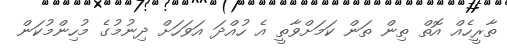
ތާރީހެއް އޮތް ތިން ތަން ކަމަށްވާތީ އެ ހުއްދަ އަވަހަށް ދިނުމުގެ މުހިންމުކަން